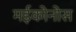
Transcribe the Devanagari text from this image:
मईकोनोस